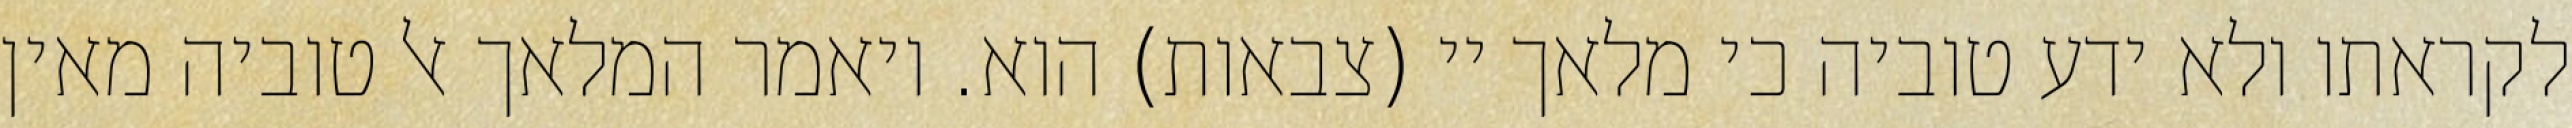
לקראתו ולא ידע טוביה כי מלאך יי (צבאות) הוא. ויאמר המלאך אל טוביה מאין